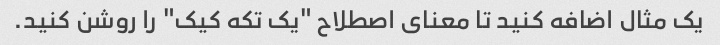
یک مثال اضافه کنید تا معنای اصطلاح "یک تکه کیک" را روشن کنید.